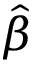
\hat { \beta }